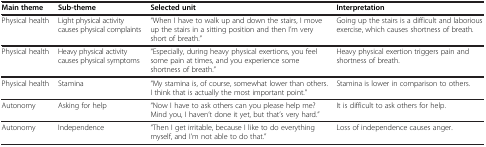
<table><thead><tr><td><b>Main theme</b></td><td><b>Sub-theme</b></td><td><b>Selected unit</b></td><td><b>Interpretation</b></td></tr></thead><tbody><tr><td>Physical health</td><td>Light physical activity causes physical complaints</td><td>“When I have to walk up and down the stairs, I move up the stairs in a sitting position and then I’m very short of breath.”</td><td>Going up the stairs is a difficult and laborious exercise, which causes shortness of breath.</td></tr><tr><td>Physical health</td><td>Heavy physical activity causes physical symptoms</td><td>“Especially, during heavy physical exertions, you feel some pain at times, and you experience some shortness of breath.”</td><td>Heavy physical exertion triggers pain and shortness of breath.</td></tr><tr><td>Physical health</td><td>Stamina</td><td>“My stamina is, of course, somewhat lower than others. I think that is actually the most important point.”</td><td>Stamina is lower in comparison to others.</td></tr><tr><td>Autonomy</td><td>Asking for help</td><td>“Now I have to ask others can you please help me? Mind you, I haven’t done it yet, but that’s very hard.”</td><td>It is difficult to ask others for help.</td></tr><tr><td>Autonomy</td><td>Independence</td><td>“Then I get irritable, because I like to do everything myself, and I’m not able to do that.”</td><td>Loss of independence causes anger.</td></tr></tbody></table>